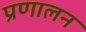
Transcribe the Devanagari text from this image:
प्रणालन